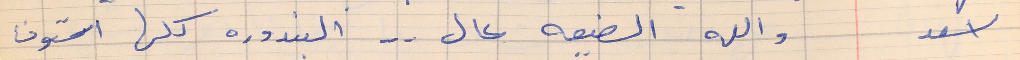
اسعد      والله الضيعه عال . . البندوره كلها استوت